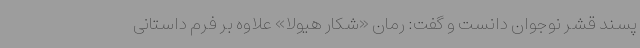
پسند قشر نوجوان دانست و گفت: رمان «شکار هیولا» علاوه بر فرم داستانی